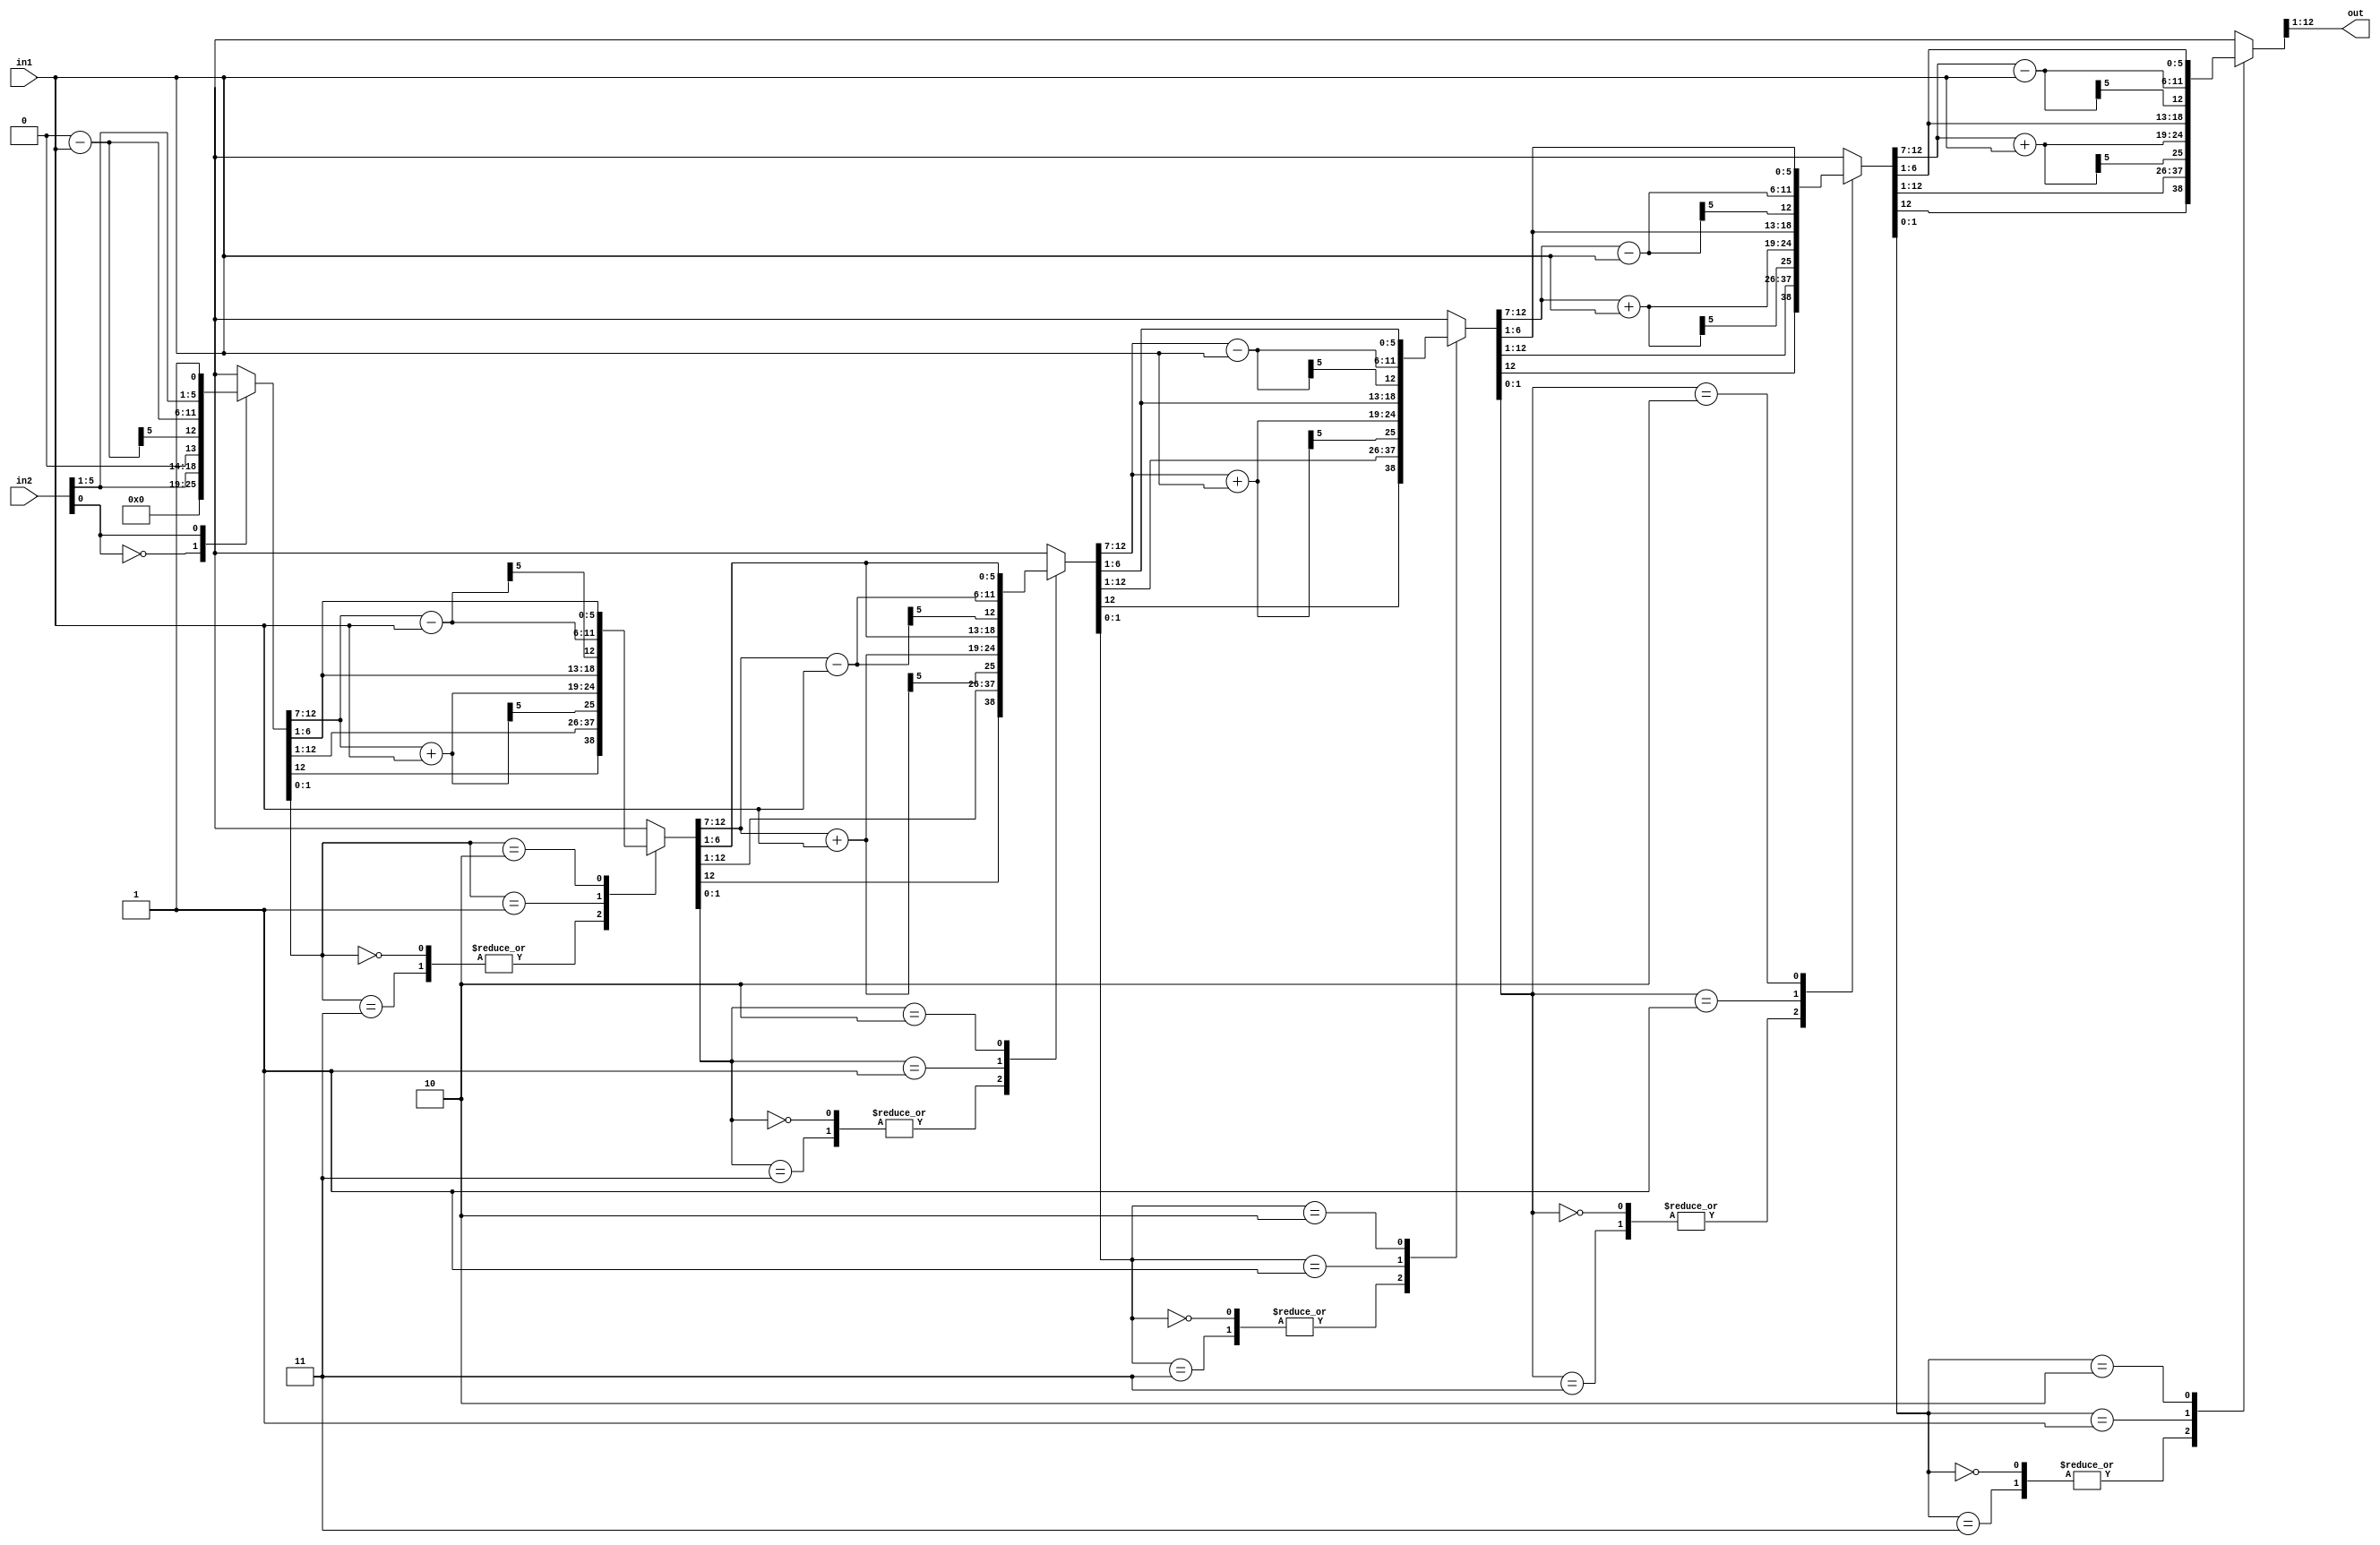
`timescale 1ns / 1ps
//////////////////////////////////////////////////////////////////////////////////
// Company: 
// Engineer: 
// 
// Design Name: 
// Module Name: booth
// Project Name: 
// Target Devices: 
// Tool Versions: 
// Description: 
// 
// Dependencies: 
// 
// Revision:
// Revision 0.01 - File Created
// Additional Comments:
// 
//////////////////////////////////////////////////////////////////////////////////


module booth(
    input [5:0] in1,
    input [5:0] in2,
    output reg [11:0] out
    );
    integer i;
    reg [5:0] temp1;
    reg [5:0] temp2;
    reg [12:0] prod;
    
    always @(in1 or in2) begin
        temp1 = in1;
        temp2 = in2;
        prod = {7'b0000_000,temp2,1'b0};
        
        for (i=0;i<6;i=i+1)
            case (prod[1:0])
            2'b00,2'b11:begin
                prod = {prod[12],prod[12:1]};
            end
            
            2'b01:begin
                prod[12:7] = prod[12:7]+temp1;
                prod = {prod[12],prod[12:1]};
            end
            
            2'b10:begin
              prod[12:7] = prod[12:7]-temp1;
              prod = {prod[12],prod[12:1]};
            end
            endcase
        out = prod[12:1];
    end
endmodule